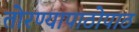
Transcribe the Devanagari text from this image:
तोरण्यापाठोपाठ